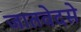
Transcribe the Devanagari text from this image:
जातवेदसे